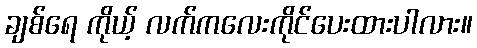
ချစ်ရေ ကိုယ့် လက်ကလေးကိုင်ပေးထားပါလား။